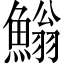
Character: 䱵